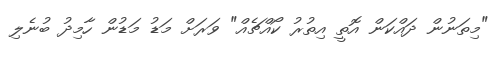
"މިތަނުން ދައްކަން އޮތީ އިތުރު ކޯއްޗެއް" ވަރަށް މަޑު މަޑުން ހާމިދު ބުނެލި